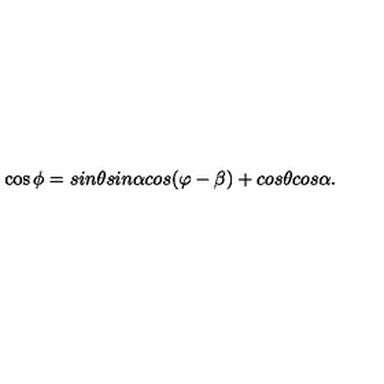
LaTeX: \cos \phi = s i n \theta s i n \alpha c o s ( \varphi - \beta ) + c o s \theta c o s \alpha .